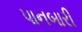
પાનબારી